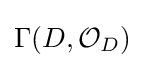
\Gamma (D,{\mathcal {O}}_{D})